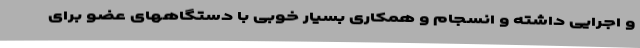
و اجرایی داشته و انسجام و همکاری بسیار خوبی با دستگاههای عضو برای